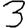
Digit: 3